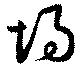
埸